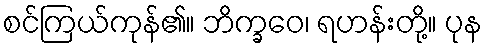
စင်ကြယ်ကုန်၏။ ဘိက္ခဝေ၊ ရဟန်းတို့။ ပုန